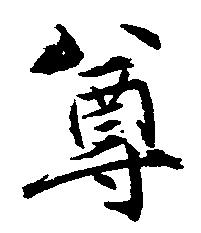
尊